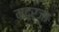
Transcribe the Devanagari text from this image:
मदरजा